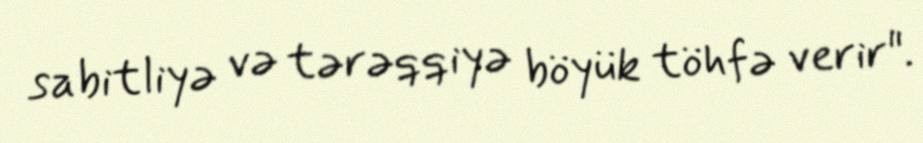
sabitliyə və tərəqqiyə böyük töhfə verir".